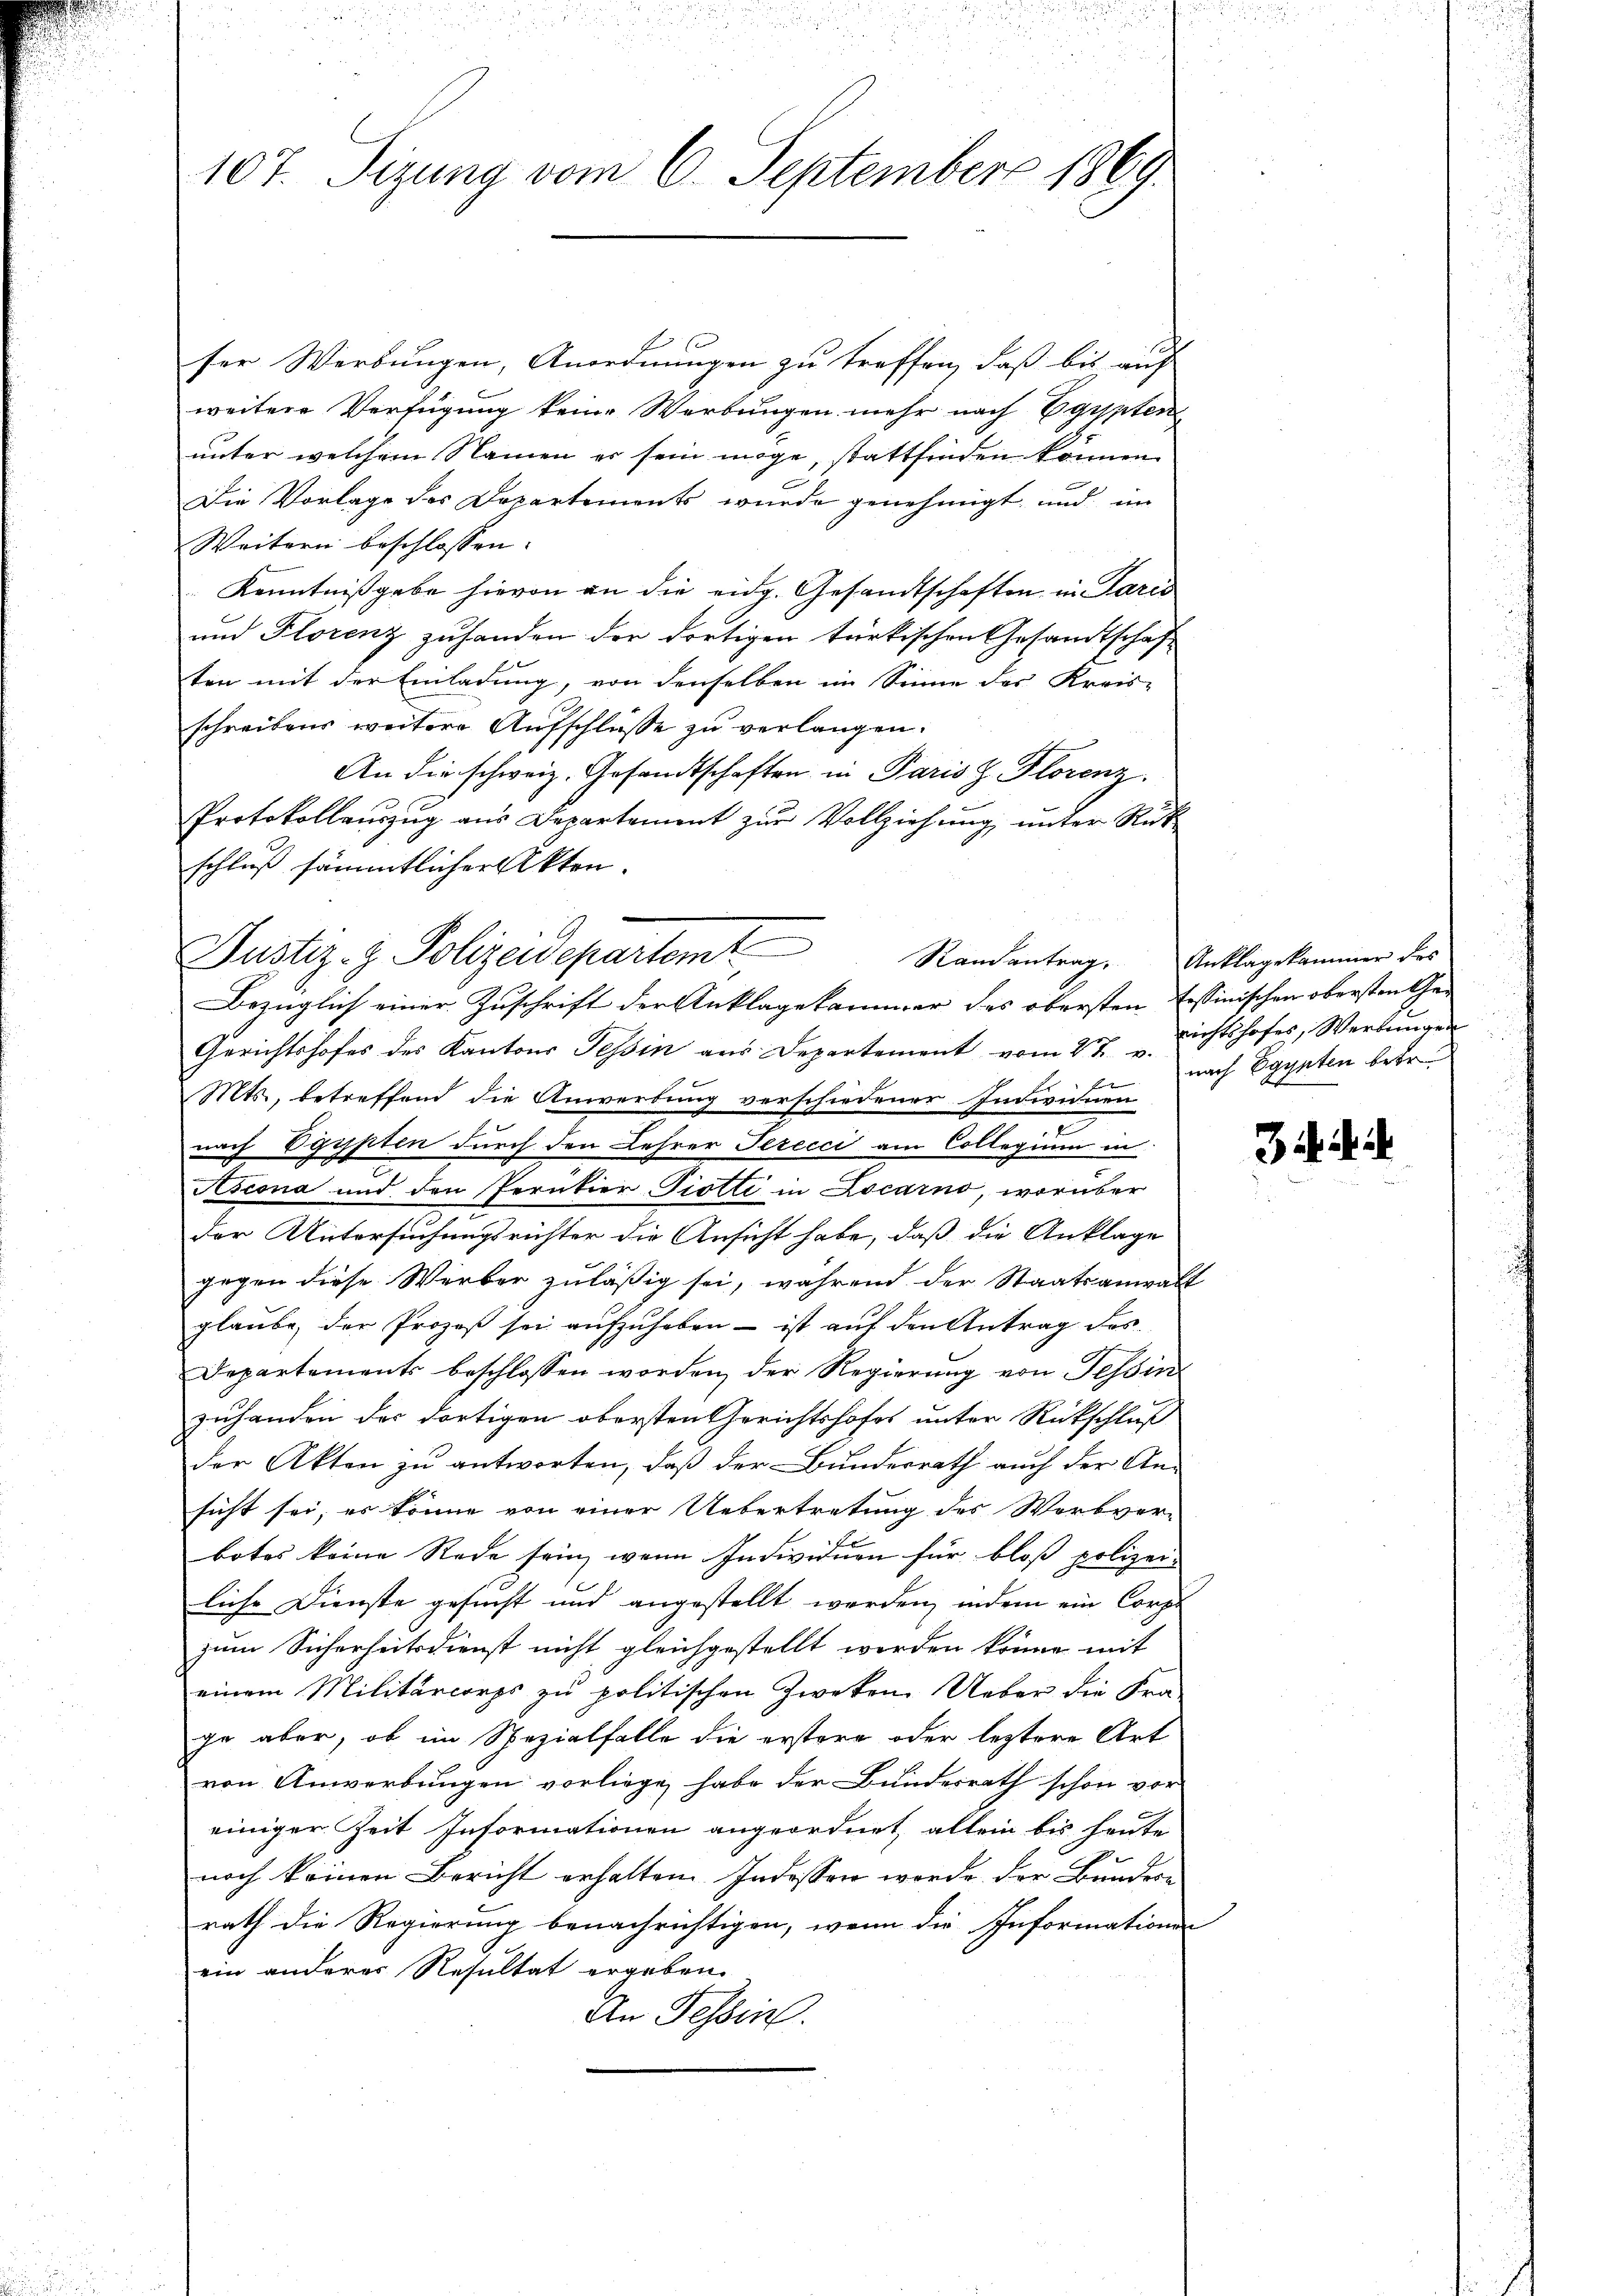
107. Sizung vom 6. September 1869.

e
ser Werbungen, Anordnungen zu treffen, daß bis auf
weitere Verfügung keine Werbungen mehr nach Egypten
unter welchem Namen er sein möge stattfinden können
Die Vorlage des Departements wurde genehmigt und im
Weitern beschlossen:
Kenntnißgabe hievon an die eidg. Gesandtschaften in Paris
und Florenz zuhanden der dortigen türkischen Gesandtschaft
ten mit der Einladung, von denselben im Sinne des Kreis-
schreibens weitere Aufschlüsse zu verlangen.
An die schweiz. Gesandtschaften in Paris z. Florenz.
Protokollauszug aus Departement zur Vollziehung, unter Rük
schluß sämmtlicher Akten.
Bezüglich einer Zuschrift der Anklagekammer des obersten Tessinischen obersten Chen
Gerichtshofes des Kantons Tessin aus Departement vom 27. „richtshofes, Werbŭngen
E
Mts., betreffend die Anwerbung verschiedener Indivinen
nach Egypten durch den Lehrer Terecci am Collegium in
Ascona und den Pernkier-Piotti in Locarno, worüber
der Untersuchungsrichter die Ansicht habe, daß die Anklage
gegen diese Werber zuläßig sei, während der Staatsanwalt
glaŭbe der Prozeβ sei aŭfzŭheben - ist auf den Antrag des
.
Departements beschlossen worden, der Regierung von Tessin
zuhanden der dortigen obersten Gerichtshofes unter Rückschluß
der Akten zu antworten, daß der Bunderrath auch der An-
sicht sei, es könne von einer Uebertretung des Worbver-
f
botes keine Rede sein, wenn Individuen für bloß polizei-
liche Dienste gesucht und angestellt werden, indem ein Corps
zum Sicherheitsdienst nicht gleichgestellt werden könne mit
einem Militärcorps zu politischen Zweken Ueber die Fra-
ge aber, ob im Spezialfalle die erstere oder leztere Art
von Anwerbungen vorliege habe der Bundesrath schon vor
einiger Zeit Informationen angeordnet, allein bis heute
noch keinen Bericht erhalten. Indessen werde der Bundere
rath die Regierung benachrichtigen, wenn die Informationen
ein anderer Resultat ergeben.
An Tessin.

Justiz- & Polizeidepartemt

Randantrag. Anklagekammer des
nach Egypten betr.

34 A